Scottish Leaving Certificate Examination, 1960
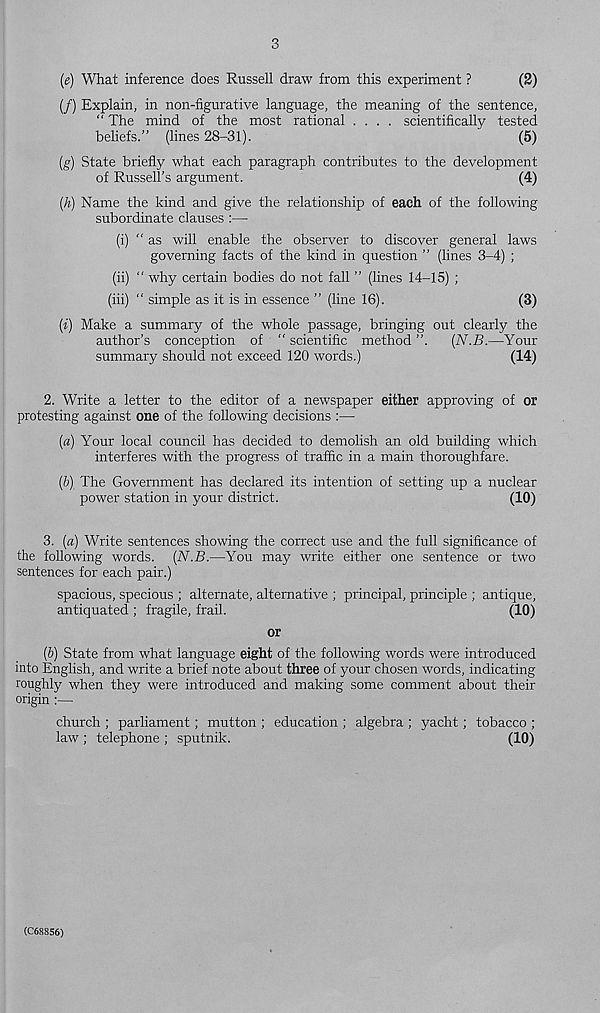
3
(e) What inference does Russell draw from this experiment ?
(2)
(/) Explain, in non-figurative language, the meaning of the sentence,
“ The mind of the most rational .... scientifically tested
beliefs.” (lines 28-31).
(5)
(g) State briefly what each paragraph contributes to the development
of Russell’s argument.
(4)
(A) Name the kind and give the relationship of each of the following
subordinate clauses :—
(i) “ as will enable the observer to discover general laws
governing facts of the kind in question ” (lines 3-4) ;
(ii) " why certain bodies do not fall ” (lines 14-15) ;
(iii) “ simple as it is in essence ” (line 16).
(3)
(i) Make a summary of the whole passage, bringing out clearly the
author’s conception of “ scientific method ”.
(N.B.—Your
summary should not exceed 120 words.)
(14)
2. Write a letter to the editor of a newspaper either approving of or
protesting against one of the following decisions :—
(а) Your local council has decided to demolish an old building which
interferes with the progress of traffic in a main thoroughfare.
(б) The Government has declared its intention of setting up a nuclear
power station in your district.
(10)
3. (a) Write sentences showing the correct use and the full significance of
the following words. (N.B.—You may write either one sentence or two
sentences for each pair.)
spacious, specious ; alternate, alternative ; principal, principle ; antique,
antiquated ; fragile, frail.
(10)
or
(6) State from what language eight of the following words were introduced
into English, and write a brief note about three of your chosen words, indicating
roughly when they were introduced and making some comment about their
origin :—
church ; parliament; mutton ; education ; algebra ; yacht; tobacco ;
law ; telephone ; sputnik.
(10)
(C68856)